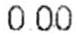
0.00